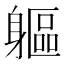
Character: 軀